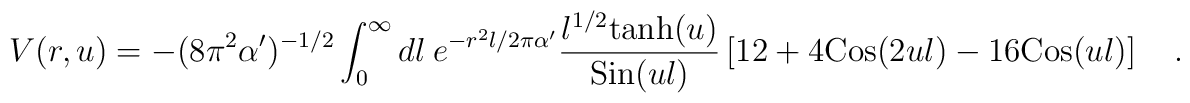
V(r,u) = - (8 \pi^2 \alpha^{\prime} )^{-1/2} \int_0^{\infty} dl ~  e^{-r^2 l/2\pi\alpha^{\prime}} {{l^{1/2} {\rm tanh} (u) }\over{  {\rm Sin} (ul)}}    \left [ 12 + 4 {\rm Cos} (2ul) - 16 {\rm Cos}(ul) \right ]\quad .